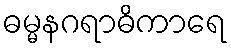
ဓမ္မနဂရာဓိကာရေ